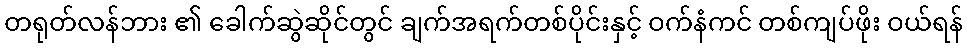
တရုတ်လန်ဘား ၏ ခေါက်ဆွဲဆိုင်တွင် ချက်အရက်တစ်ပိုင်းနှင့် ဝက်နံကင် တစ်ကျပ်ဖိုး ဝယ်ရန်